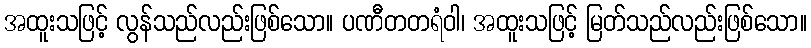
အထူးသဖြင့် လွန်သည်လည်းဖြစ်သော။ ပဏီတတရံဝါ၊ အထူးသဖြင့် မြတ်သည်လည်းဖြစ်သော။